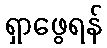
ရှာဖွေရန်